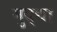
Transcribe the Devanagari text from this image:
मुद्द्या